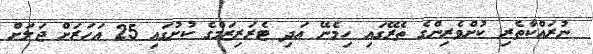
ނުރައްކާތެރި ކުށްވެރިންގެ ތެރޭގައި ހިމެނޭ އަދި ޓެރަރިޒަމްގެ ކުށުގައި 25 އަހަރަށް ޖަލަށް